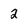
Character: 2